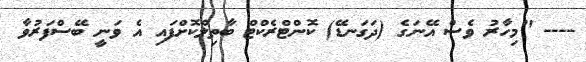
---- "މިހާރު ވެސް އޭނަގެ (ދަގަނޑޭ) ކޮންޓްރެކްޓް ބާތިލްކޮށްފައި އެ ވަނީ ބޭސްފަރުވާ